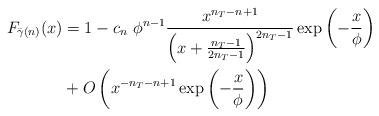
LaTeX: \begin{align*}F_{\bar{\gamma}(n)}(x) & = 1- c_n ~\phi^{n-1}\frac{x^{n_T-n+1}}{\left(x+ \frac{n_T-1}{2n_T-1}\right)^{2n_T -1}}\exp\left(- \frac{x}{\phi}\right)\\ & + O\left(x^{-n_T-n+1} \exp\left(- \frac{x}{\phi}\right) \right)\end{align*}